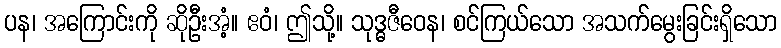
ပန၊ အကြောင်းကို ဆိုဦးအံ့။ ဧဝံ၊ ဤသို့။ သုဒ္ဓဇီဝေန၊ စင်ကြယ်သော အသက်မွေးခြင်းရှိသော